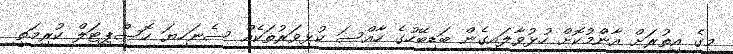
މީގެ އިތުރަށް އާންމުކޮށް ހުޅުވާލައިގެން ބަޑިބޭހުގެ ހާއްސަ ކުޅިވަރުތަކެއް ސެނަހިޔަ ހޮސްޕިޓަލް ކުރިމަތީ